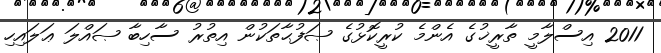
2011 އިސްލާމީ ތާރީޚުގެ އެންމެ ކުރީކޮޅުގެ ޞަފުޙާތަކުން އިތުރު ސާހިބާ ޞައްލަ ޢަލައިހި